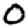
Digit: 0